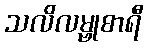
သလိလမ္ဗုစာရီ